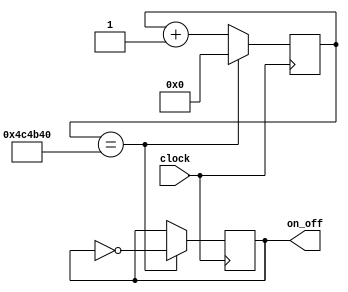
module Frequency_Divider(clock, on_off);


input clock;
output reg on_off;
reg [31:0] count;

always @(posedge clock)
begin

if (count==32'd5000000) 
begin count <= 16'd0;
on_off <= !on_off;
end
else begin
count<=count +1;
end
end
endmodule